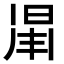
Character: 𣇑